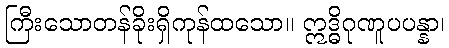
ကြီးသောတန်ခိုးရှိကုန်ထသော။ ဣဒ္ဓိဂုဏူပပန္နာ၊